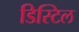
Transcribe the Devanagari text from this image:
डिस्टिल